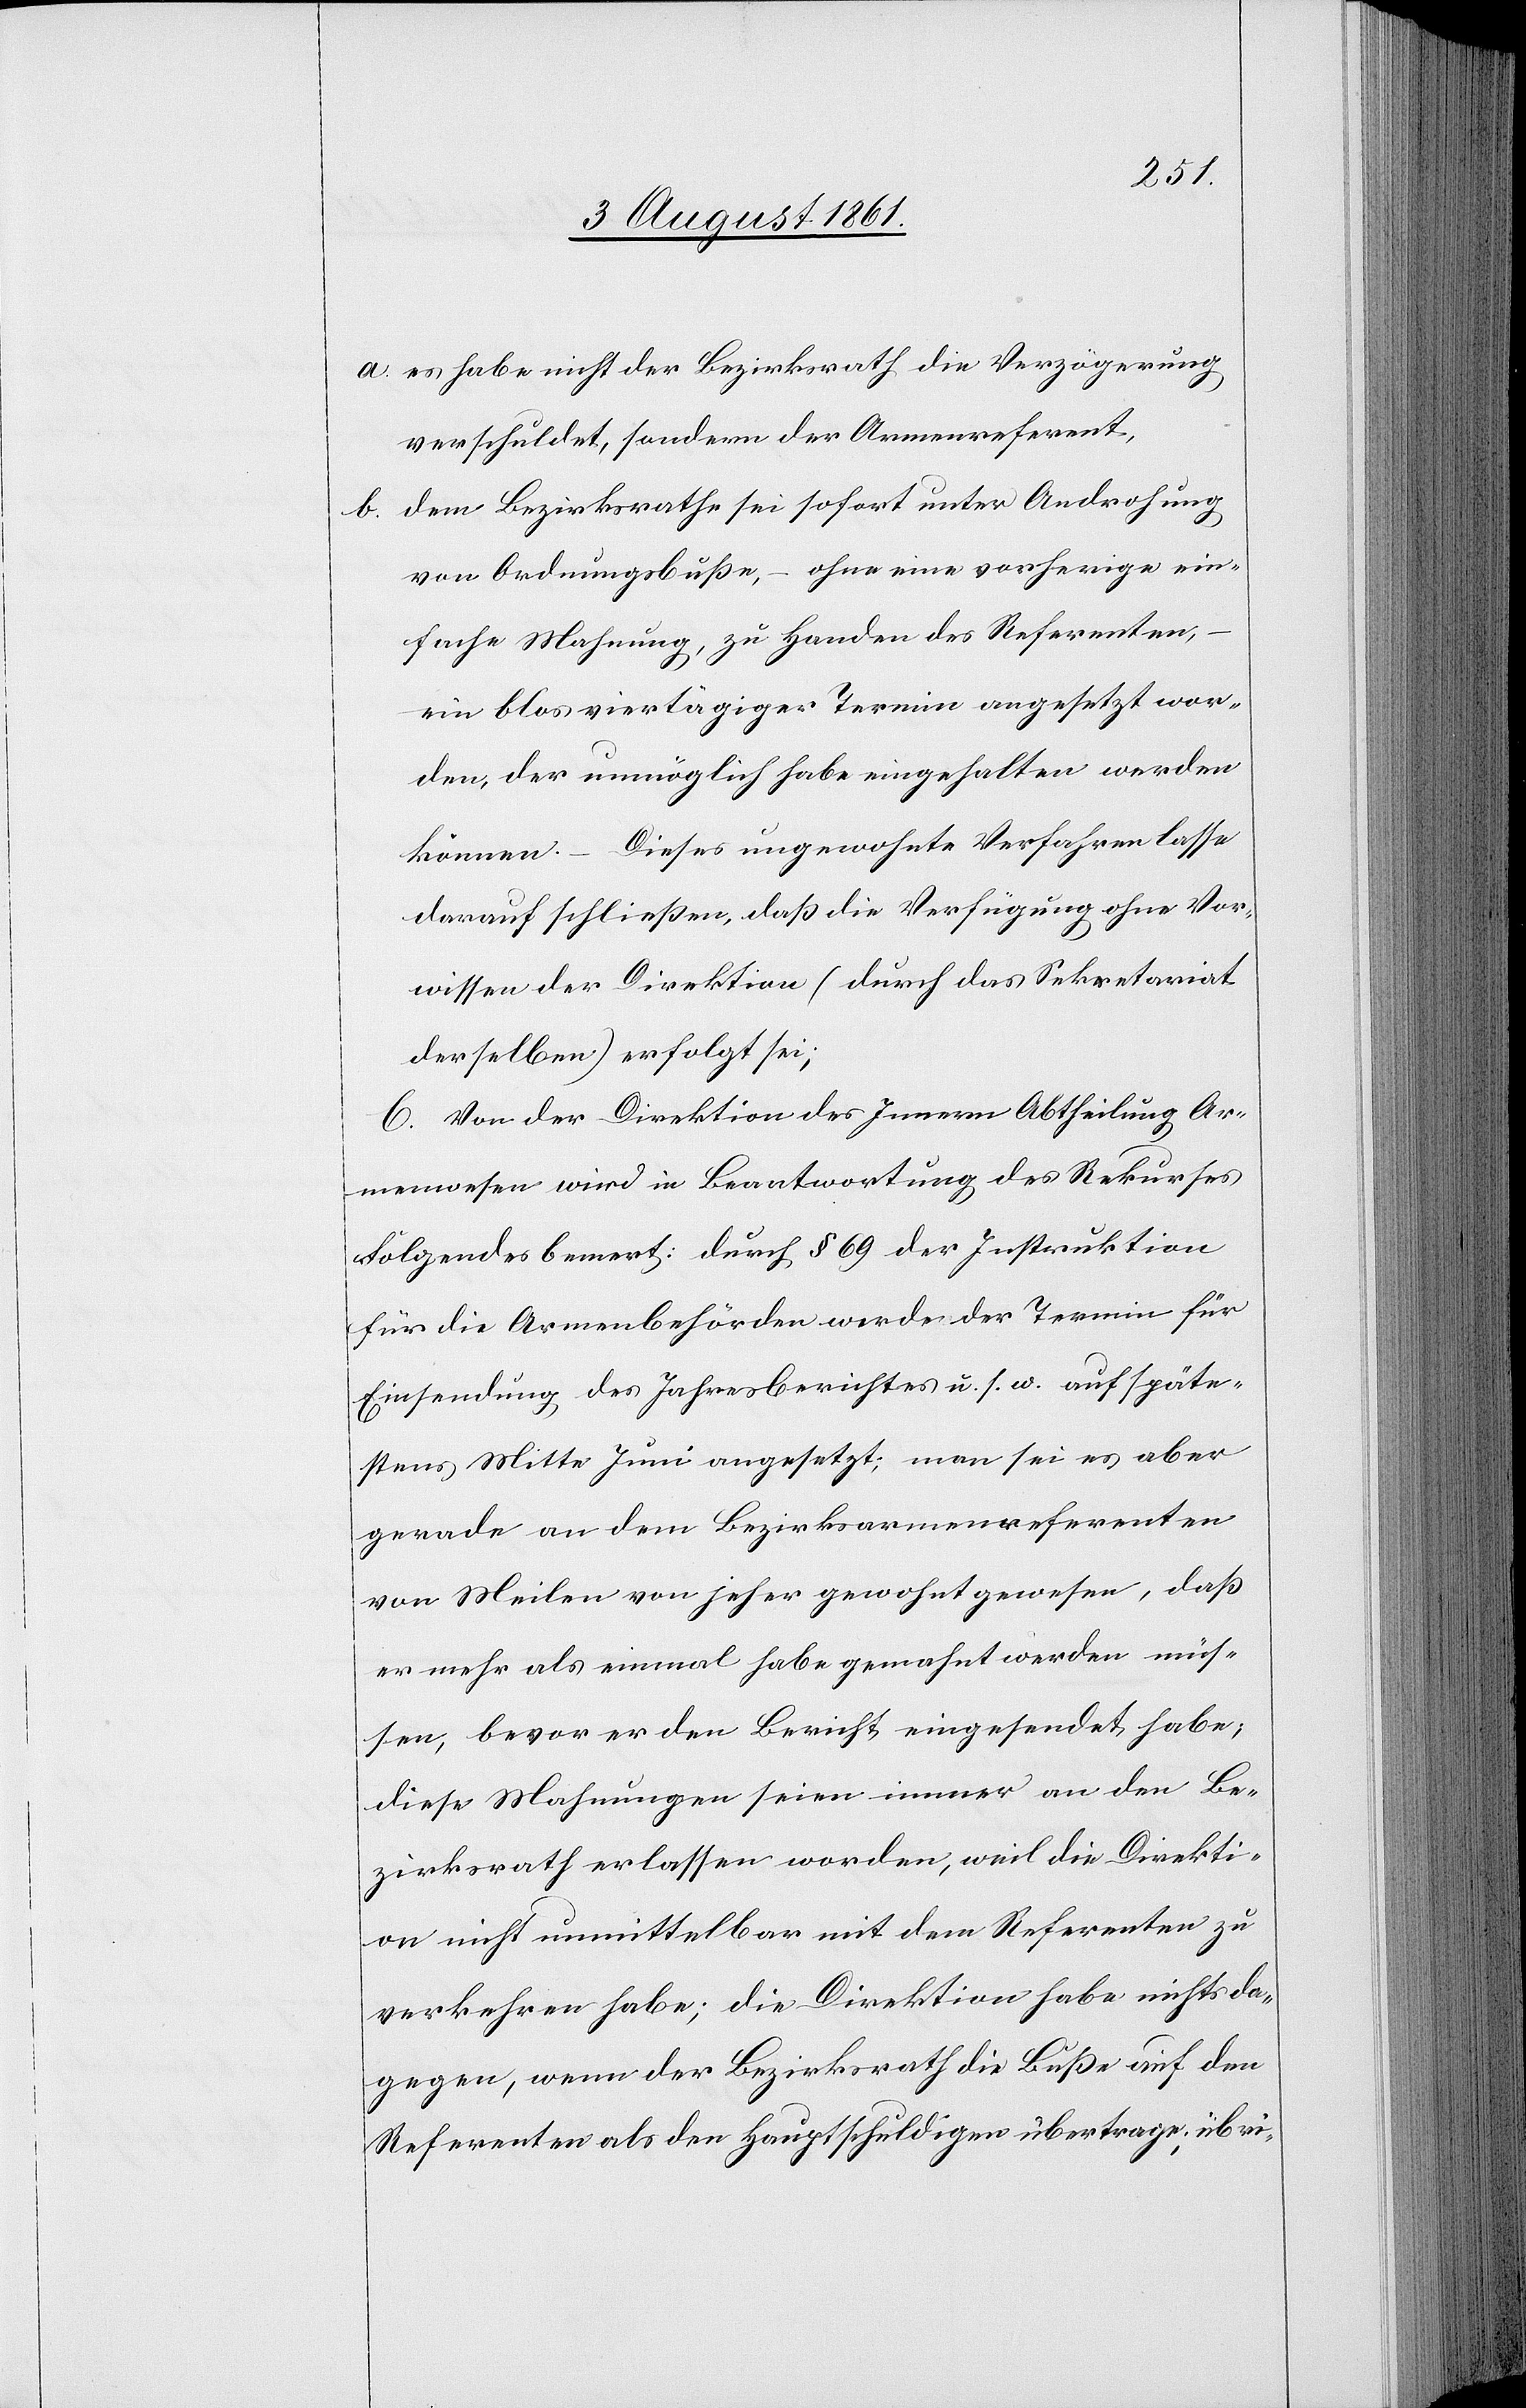
a. es habe nicht der Bezirksrath die Verzögerung
verschuldet, sondern der Armenreferent,
b. dem Bezirksrathe sei sofort unter Androhung
von Ordnungsbuße, – ohne eine vorherige ein¬
fache Mahnung, zu Handen des Referenten,
ein blos viertätiger Termin angesetzt wor¬
den, der unmöglich habe eingehalten werden
können. – Dieses ungewohnte Verfahren lasse
darauf schließen, daß die Verfügung ohne Vor¬
wissen der Direktion (durch das Sekretariat
derselben) erfolgt sei;
C. Von der Direktion des Innern Abtheilung Ar¬
menwesen wird in Beantwortung des Rekurses
Folgendes bemer[k]t: durch § 69 der Instruktion
für die Armenbehörden werde der Termin für
Einsendung des Jahresberichtes u. s. w. auf späte¬
stens Mitte Juni angesetzt, man sei es aber
gerade von dem Bezirksarmenreferenten
von Meilen von jeher gewohnt gewesen, da
er mehr als einmal habe gemahnt werden müs¬
sen, bevor er den Bericht eingesendet habe;
diese Mahnungen seien immer an den Be¬
zirksrath erlassen worden, weil die Direkti¬
on nicht unmittelbar mit den Referenten zu
verkehren habe; die Direktion habe nichts da¬
gegen, wenn der Bezirksrathe die Buße auf den
Referenten als den Hauptschuldigen übertrage, übri-